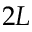
2 L